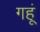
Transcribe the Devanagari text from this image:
गहूं